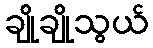
ချိုချိုသွယ်